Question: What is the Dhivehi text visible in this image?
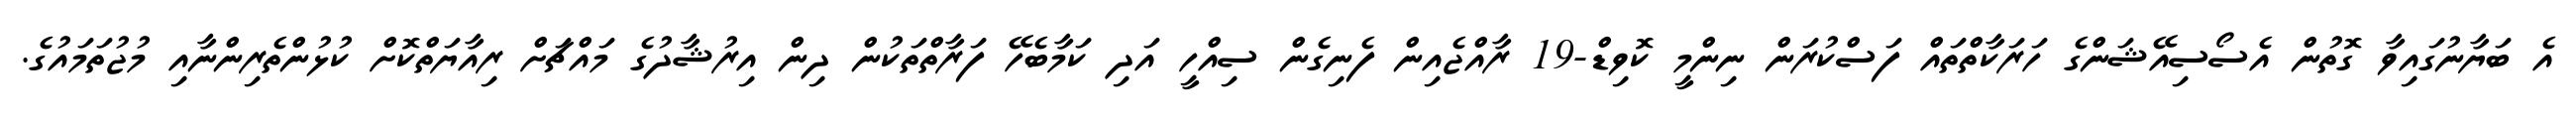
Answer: އެ ބަޔާނުގައިވާ ގޮތުން އެސޯސިއޭޝަންގެ ހަރަކާތްތައް ފަސްކުރަން ނިންމީ ކޮވިޑް-19 ރާއްޖެއިން ފެނިގެން ސިއްހީ އަދި ކަމާބެހޭ ފަރާތްތަކުން ދިން އިރުޝާދުގެ މައްޗަށް ރިއާޔަތްކޮށް ކުޅުންތެރިންނާއި މުޖުތަމައުގެ.